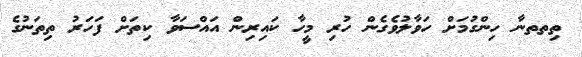
ތިތތނާ ހިންގުމަށް ހަވާލުވެގެން ހުރި މީހާ ކައިރިން އައްސަވާ ކިތަށް ފަހަރު ތިތަނުގެ